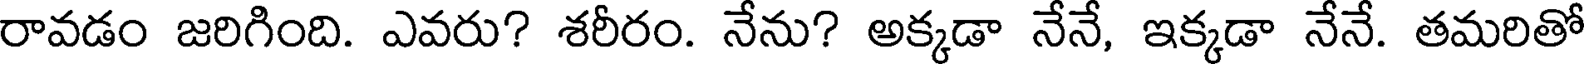
రావడం జరిగింది. ఎవరు? శరీరం. నేను? అక్కడా నేనే, ఇక్కడా నేనే. తమరితో